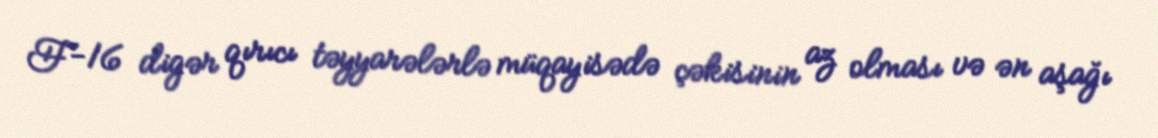
F-16 digər qırıcı təyyarələrlə müqayisədə çəkisinin az olması və ən aşağı